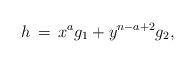
LaTeX: \begin{align*}h \,=\, x^a g_1 + y^{n-a+2} g_2,\end{align*}